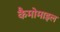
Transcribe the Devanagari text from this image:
कैमोमाइल